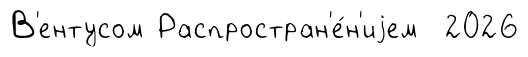
В'ентусом Распростран'е́н'иjем 2026